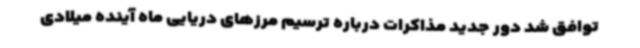
توافق شد دور جدید مذاکرات درباره ترسیم مرزهای دریایی ماه آینده میلادی